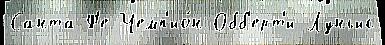
Санта-Ф'е Чемп'ио́н Обб'ерт'и Луньис